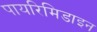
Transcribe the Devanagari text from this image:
पायरिमिडाइन